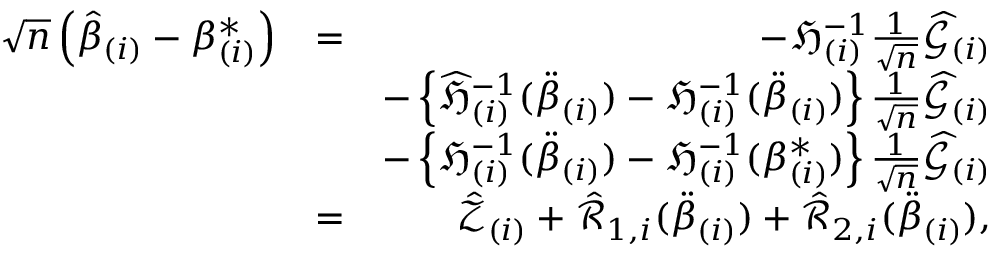
\begin{array} { r l r } { \sqrt { n } \left( \hat { \beta } _ { ( i ) } - \beta _ { ( i ) } ^ { \ast } \right) } & { = } & { - \mathfrak { H } _ { ( i ) } ^ { - 1 } \frac { 1 } { \sqrt { n } } \widehat { \mathcal { G } } _ { ( i ) } } \\ & { } & { - \left\{ \widehat { \mathfrak { H } } _ { ( i ) } ^ { - 1 } ( \ddot { \beta } _ { ( i ) } ) - \mathfrak { H } _ { ( i ) } ^ { - 1 } ( \ddot { \beta } _ { ( i ) } ) \right\} \frac { 1 } { \sqrt { n } } \widehat { \mathcal { G } } _ { ( i ) } } \\ & { } & { - \left\{ \mathfrak { H } _ { ( i ) } ^ { - 1 } ( \ddot { \beta } _ { ( i ) } ) - \mathfrak { H } _ { ( i ) } ^ { - 1 } ( \beta _ { ( i ) } ^ { \ast } ) \right\} \frac { 1 } { \sqrt { n } } \widehat { \mathcal { G } } _ { ( i ) } } \\ & { = } & { \mathcal { \hat { Z } } _ { ( i ) } + \mathcal { \hat { R } } _ { 1 , i } ( \ddot { \beta } _ { ( i ) } ) + \mathcal { \hat { R } } _ { 2 , i } ( \ddot { \beta } _ { ( i ) } ) , } \end{array}